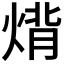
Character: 𤊷